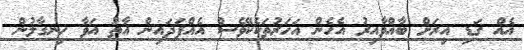
އެއް ގަޑި އިރަށް ބާއްވާއިރު އެހެން އަހަރުތަކެކޭވެސް އެއްފަދައިން އާތު އަވާ ހިނގާލުން